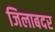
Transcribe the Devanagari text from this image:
जिलाबदर